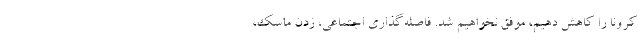
کرونا را کاهش دهیم، موفق نخواهیم شد. فاصله‌گذاری اجتماعی، زدن ماسک،